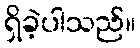
ရှိခဲ့ပါသည်။